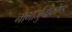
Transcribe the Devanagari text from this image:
नागार्जुनीकोण्ड